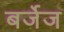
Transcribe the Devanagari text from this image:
बर्जेज